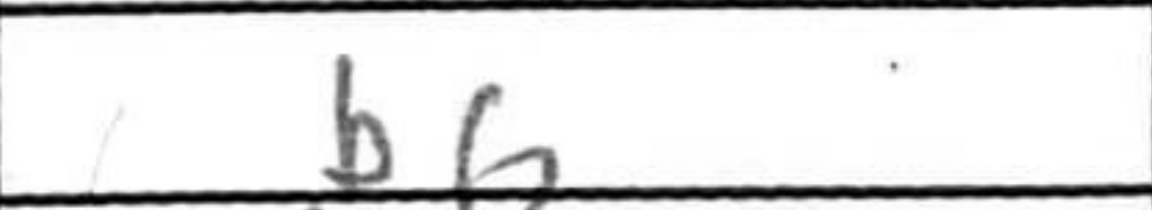
Transcription: b6